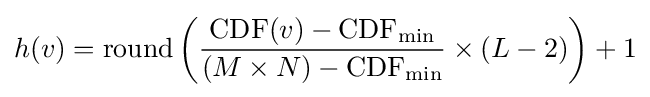
h(v)=\mathrm {round} \left({\frac {\operatorname {CDF} (v)-\operatorname {CDF} _{\min }}{(M\times N)-\operatorname {CDF} _{\min }}}\times (L-2)\right)+1